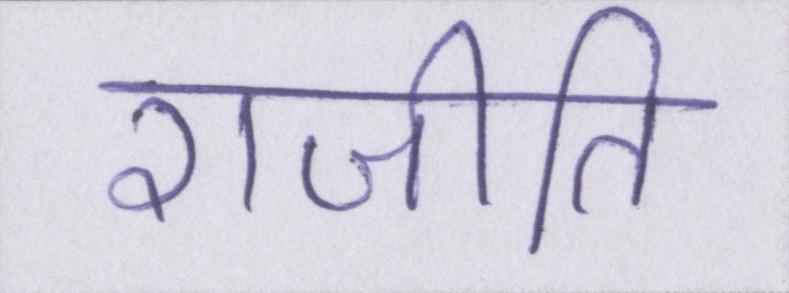
राजीति